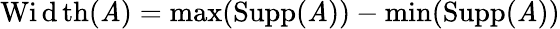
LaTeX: \operatorname{Wi\mathrm{d}th}(\mathit{A})=\operatorname*{max}(\operatorname{Supp}(\mathit{A}))-\operatorname*{min}(\operatorname{Supp}(\mathit{A}))